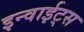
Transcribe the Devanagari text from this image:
इन्वाईट्स